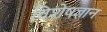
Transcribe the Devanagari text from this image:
विशेषज्ञान